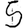
Digit: 5